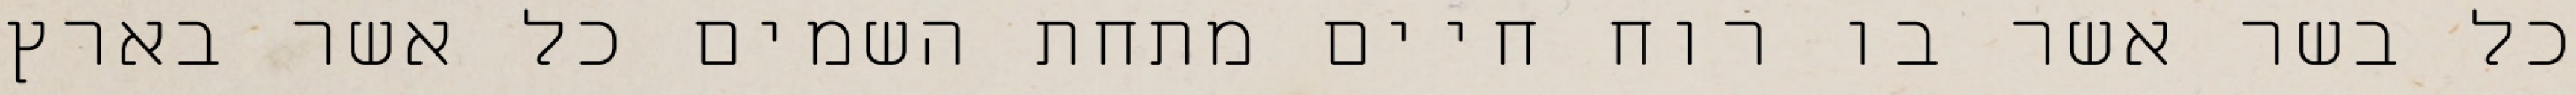
כל בשר אשר בו רוח חיים מתחת השמים כל אשר בארץ